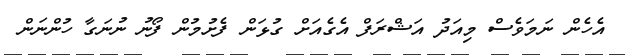
އެހެން ނަމަވެސް މިއަދު އަޝްރަފް އެގެއަށް ގުޅަން ފެށުމުން ފޯނު ނުނަގާ ހުންނަން